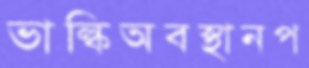
ভাল্কিঅবস্থানপ